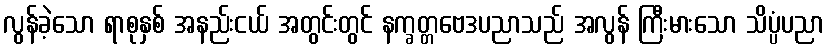
လွန်ခဲ့သော ရာစုနှစ် အနည်းငယ် အတွင်းတွင် နက္ခတ္တဗေဒပညာသည် အလွန် ကြီးမားသော သိပ္ပံပညာ